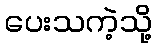
ပေးသကဲ့သို့